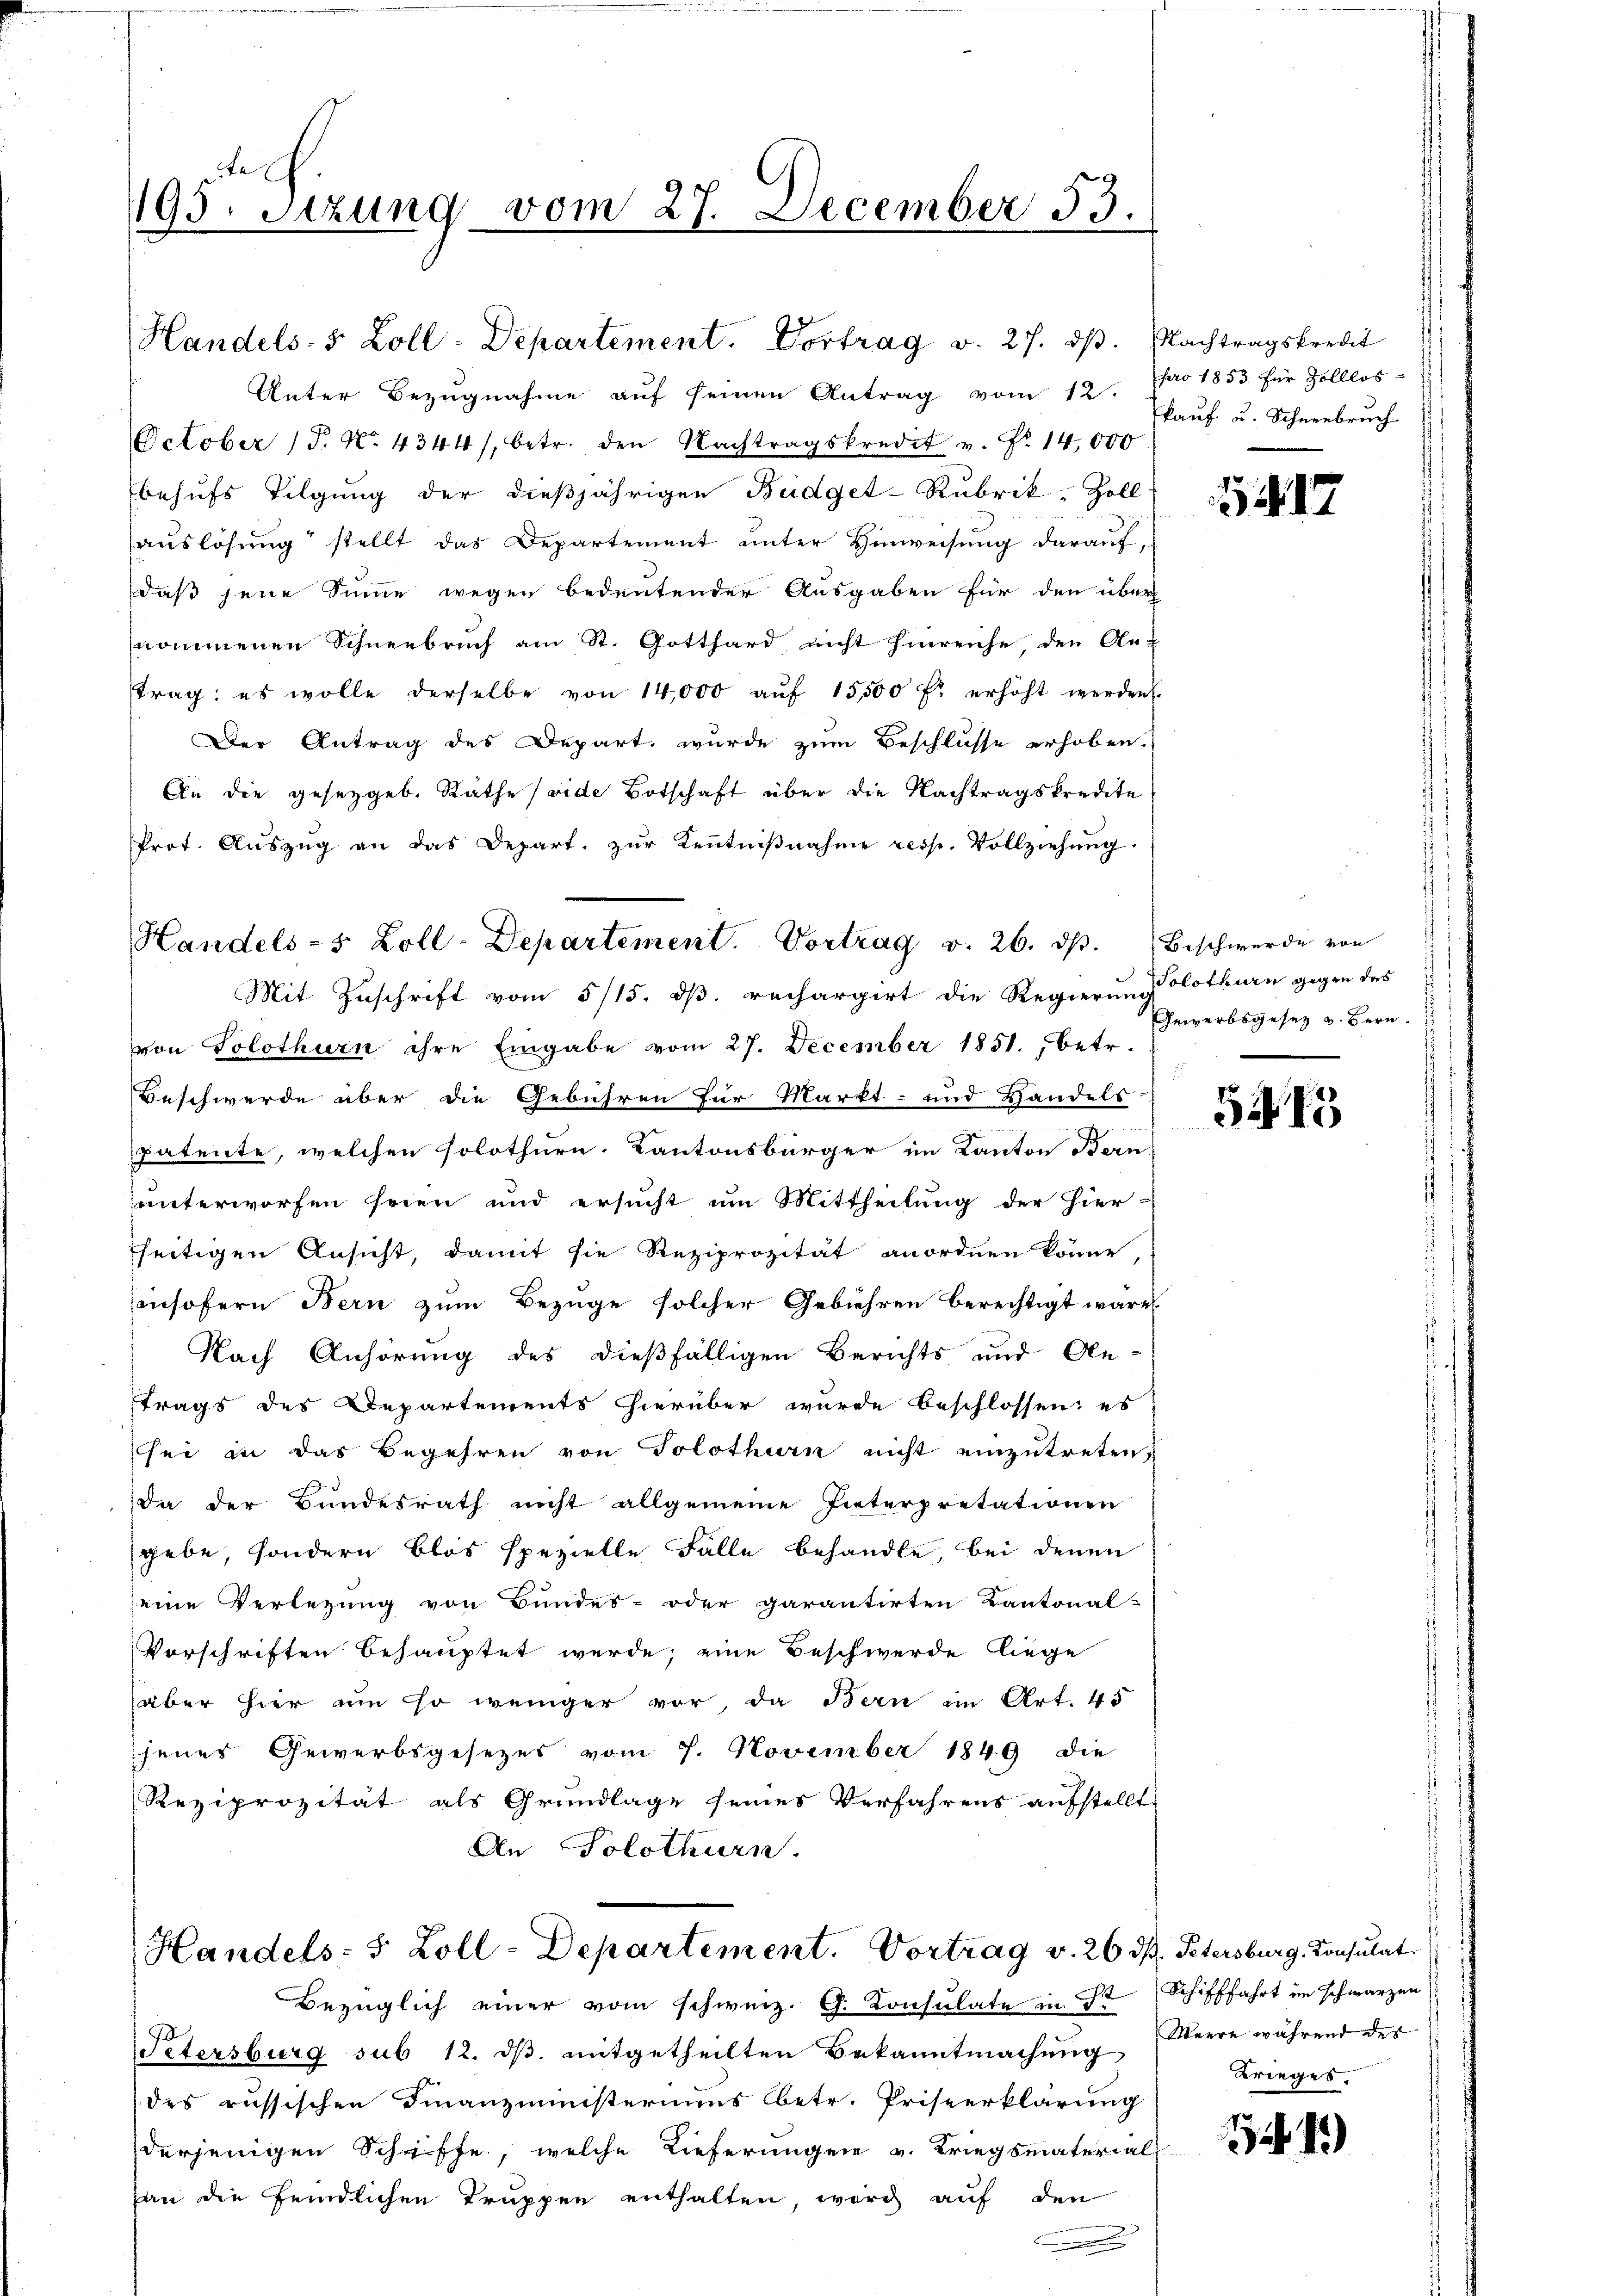
te
193. Sitzung vom 27. December 53.

Handels- 5 Zoll-Departement. Vortrag v. 27. dβ. Nachtragskredit
Unter Bezŭgnahme aŭf seinen Antrag vom 12. pro 1853 für Zolllos-
October (T. N. 4344/, betr. den Nachtragskredit v. Fr. 14,000
behufs Tilgung der dießjährigen Budget-Rubrik. Zoll
auslösung stellt das Departement unter Hinweisung darauf,
daß jene Sinne wegen bedeutender Ausgaben für den über
nommenen Schneebruch am St. Gotthard, nicht hinreiche, den An-
trag: es wolle derselbe von 14,000 aŭf 15,500 f. erhöht werden.
Der Antrag des Depart wurde zum Beschlusse erhoben.
An die gesetzgeb. Rathe (vide Botschaft über die Nachtragskredite
Prot. Aŭszŭg an das Depart. zŭr Kenntniβnahme resp. Vollziehŭng.
Mit Zuschrift vom 5/15. dß. rechargirt die Regierung olothurn gegen des
von Solothurn ihre Eingabe vom 27. December 1851. betr.
Beschwerde über die Gebühren für Markt- und Handels
patente, welchen solothurn. Kantonsbürger im Kanton Bern
unterworfen seien und ersucht um Mittheilung der Hier-
seitigen Ansicht, damit sie Reziprozität anordnen könne
Cinsofern Bern zum Bezüge solcher Gebühren berechtigt wäre
Nach Anhörung des dießfälligen Berichts und Ale-
trags des Departements hierüber wurde beschlossen; es
sei in das Begehren von Solothurn nicht einzutreten,
Da der Bundesrath nicht allgemeine Interpretationen
gebe, sondern blos spezielle Fälle behandle, bei denen
seine Verlegung von Bundes- oder garantirten Kantonal-
Vorschriften behauptet werde; eine Beschwerde liege
aber hier um so weniger vor, da Bern im Art. 45
jener Gewerbsgesezes vom 7. November 1849 die
Reziprozität als Grundlage seines Verfahrens aufstellt,
An Solothurn.

Handels- 5 Zoll-Departement. Vortrag v. 26. ds. Beschwerde von

Handels- 5 Zoll-Departement. Vortrag v. 26 dh. Petersburg, Konsulat

Bezüglich einer vom schweiz. G. Konsulate in St Schifffahrt im schwarzen
Petersburg sub 12. dβ. mitgetheilten Bekanntmachung
des russischen Finanzministeriums betr. Priseerklärung
derjenigen Schriffe, welche Lieferungen v. Kriegsmaterial
han die feindlichen Truppen enthalten, wird auf den
.

kauf u. Schneebruch

417

s
Gewerbsgesetz v. Bern.

5215

Meere während des
Krieges.

1419)